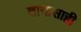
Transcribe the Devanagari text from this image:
तानासाही